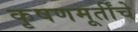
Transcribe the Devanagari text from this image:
कृषणमूर्तींचे